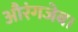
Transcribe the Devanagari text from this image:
औरंगजेब।